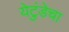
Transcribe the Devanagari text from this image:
येटुंडेचा